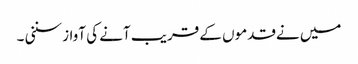
میں نےقدموں کے قریب آنے کی آواز سننی ۔